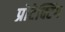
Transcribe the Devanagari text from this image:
प्रोटेक्टिंग